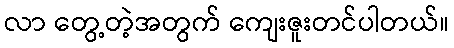
လာ တွေ့တဲ့အတွက် ကျေးဇူးတင်ပါတယ်။